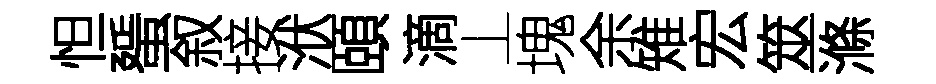
怛蜑叙接洑頤滴丄塊余雉宏筮滌